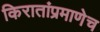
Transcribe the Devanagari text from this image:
किरातांप्रमाणेच